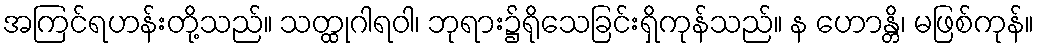
အကြင်ရဟန်းတို့သည်။ သတ္ထုဂါရဝါ၊ ဘုရား၌ရိုသေခြင်းရှိကုန်သည်။ န ဟောန္တိ၊ မဖြစ်ကုန်။